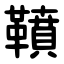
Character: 䩿